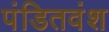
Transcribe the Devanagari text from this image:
पंडितवंश